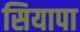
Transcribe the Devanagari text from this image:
सियापा